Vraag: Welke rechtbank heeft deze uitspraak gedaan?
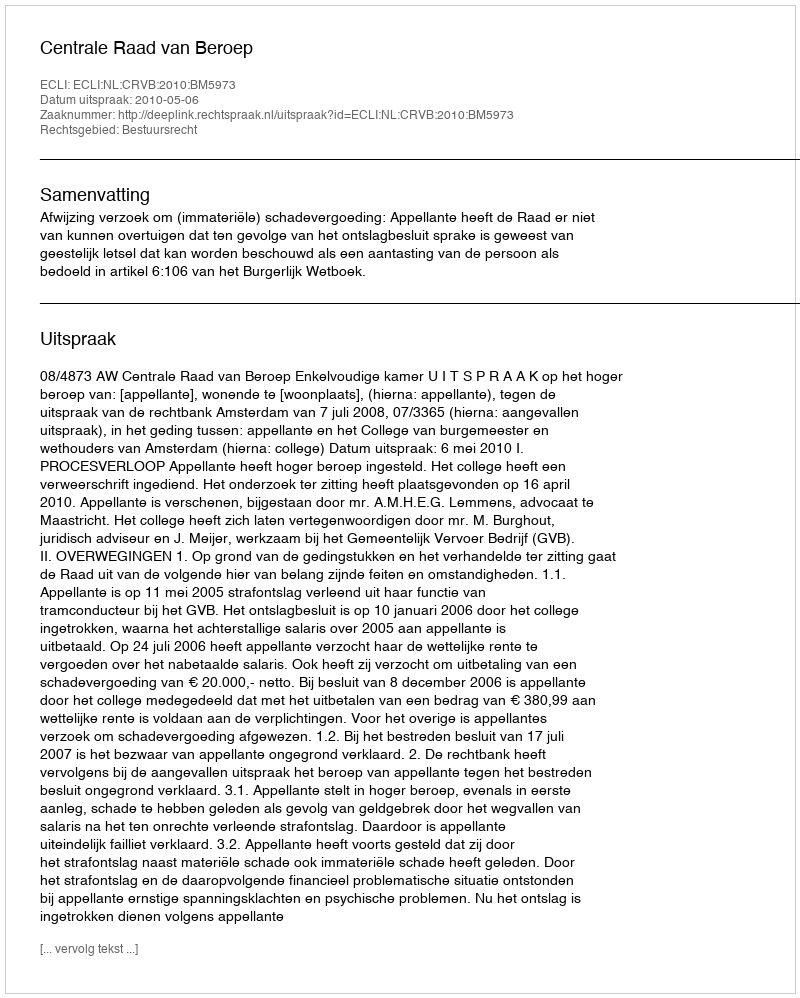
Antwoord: Centrale Raad van Beroep